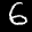
Label: 6